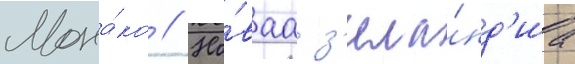
Мона́ко // Но́ваа з'ела́нд'иа